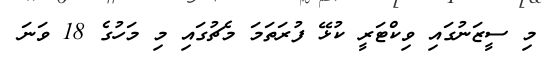
މި ސީޒަނުގައި ވިކްޓަރީ ކުޅޭ ފުރަތަމަ މެޗުގައި މި މަހުގެ 18 ވަނަ